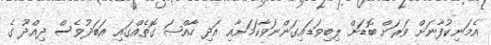
އެމަނިކުފާނަށް ވަރަށް ބޮޑަށް ލިބިވަޑައިގަންނަވާކަމަށާއި އަދި ހާއްޞަ ގޮތެއްގައި އަބަދުވެސް ދިއްދޫ ގެ